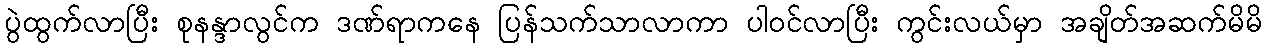
ပွဲထွက်လာပြီး စုနန္ဒာလွင်က ဒဏ်ရာကနေ ပြန်သက်သာလာကာ ပါဝင်လာပြီး ကွင်းလယ်မှာ အချိတ်အဆက်မိမိ